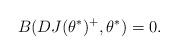
LaTeX: \begin{align*}B(DJ(\theta^{\ast})^+,\theta^{\ast})=0. \end{align*}